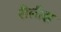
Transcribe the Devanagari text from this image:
रीलीझ